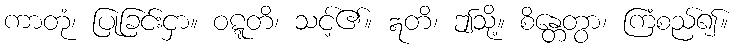
ကာတုံ၊ ပြုခြင်းငှာ။ ဝဋ္ဋတိ၊ သင့်၏။ ဣတိ၊ ဤသို့။ စိန္တေတွာ၊ ကြံစည်၍။